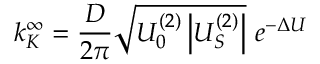
k _ { K } ^ { \infty } = \frac { D } { 2 \pi } \sqrt { U _ { 0 } ^ { ( 2 ) } \left| U _ { S } ^ { ( 2 ) } \right| } \ e ^ { - \Delta U }